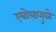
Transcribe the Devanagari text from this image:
एबोलामुळे